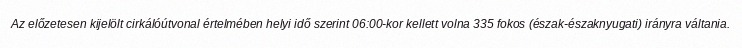
Az előzetesen kijelölt cirkálóútvonal értelmében helyi idő szerint 06:00-kor kellett volna 335 fokos (észak-északnyugati) irányra váltania.